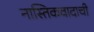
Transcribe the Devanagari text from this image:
नास्तिकवादाची